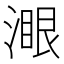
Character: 𣼹